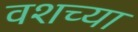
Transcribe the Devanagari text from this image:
वशच्या